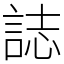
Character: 誌